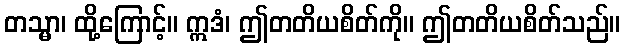
တသ္မာ၊ ထို့ကြောင့်။ ဣဒံ၊ ဤတတိယစိတ်ကို။ ဤတတိယစိတ်သည်။